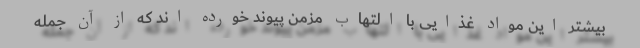
بیشتر این مواد غذایی با التهاب مزمن پیوند خورده اند که از آن جمله